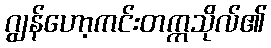
ဂျွန်ဟော့ကင်းတက္ကသိုလ်၏